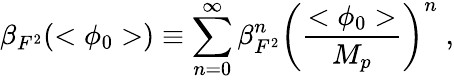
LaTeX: \beta_{F^{2}}(<\phi_{0}>)\equiv\sum_{n=0}^{\infty}\beta_{F^{2}}^{n}\left(\frac{<\phi_{0}>}{M_{p}}\right)^{n}\; ,